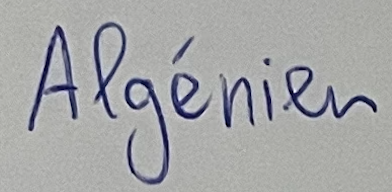
Algérien